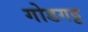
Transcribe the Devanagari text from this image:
गोडगट्ट